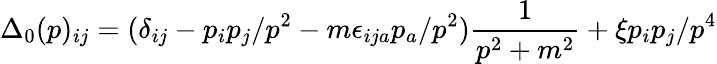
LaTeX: \Delta_{0}(p)_{ij}=(\delta_{ij}-p_{i}p_{j}/p^{2}-m\epsilon_{ija}p_{a}/p^{2})\frac{1}{p^{2}+m^{2}}+\xi p_{i}p_{j}/p^{4}